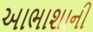
આભાશાની